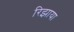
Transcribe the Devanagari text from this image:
रिझाया